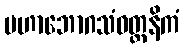
မဟာဘောဂသံဝတ္တနိကံ